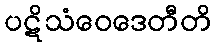
ပဋိသံဝေဒေတီတိ